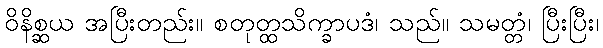
ဝိနိစ္ဆယ အပြီးတည်း။ စတုတ္ထသိက္ခာပဒံ၊ သည်။ သမတ္တံ၊ ပြီးပြီး၊